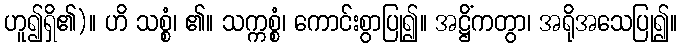
ဟူ၍ရှိ၏)။ ဟိ သစ္စံ၊ ၏။ သက္ကစ္စံ၊ ကောင်းစွာပြု၍။ အဋ္ဌိံကတွာ၊ အရိုအသေပြု၍။